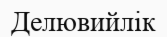
Делювийлік